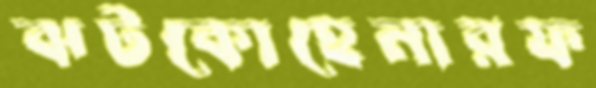
ঝটকোহেনারফ